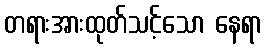
တရားအားထုတ်သင့်သော နေရာ